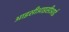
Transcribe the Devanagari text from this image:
आइसीआइसीआई